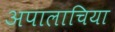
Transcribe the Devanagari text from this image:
अपालाचिया